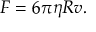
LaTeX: F = 6 \pi \eta R v .